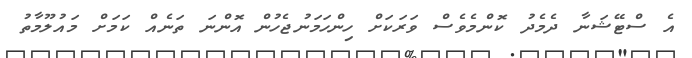
އެ ސްޓޭޝަނާ ދެމެދު ކޮންމެވެސް ވަރަކަށް ހިންހަމަނުޖެހުން އޮންނަ ތަނެއް ކަމަށް މައުލޫމާތު